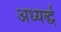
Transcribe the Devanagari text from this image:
अध्यर्द्ध